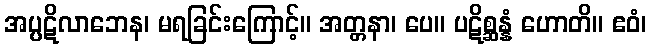
အပ္ပဋိလာဘေန၊ မရခြင်းကြောင့်။ အတ္တနာ၊ ပေ။ ပဋိစ္ဆန္နံ ဟောတိ။ ဧဝံ၊